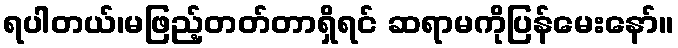
ရပါတယ်၊မဖြည့်တတ်တာရှိရင် ဆရာမကိုပြန်မေးနော်။